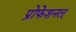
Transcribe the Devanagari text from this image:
प्रोफेशनल्